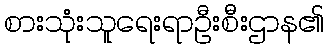
စားသုံးသူရေးရာဦးစီးဌာန၏